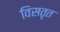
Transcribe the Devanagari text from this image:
विसतृत